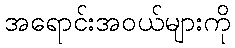
အရောင်းအဝယ်များကို